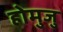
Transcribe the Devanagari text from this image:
होमुजु